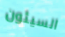
السيئون